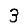
Digit: 3